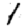
Digit: 1